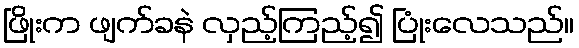
ဖြိုးက ဖျက်ခနဲ လှည့်ကြည့်၍ ပြုံးလေသည်။